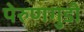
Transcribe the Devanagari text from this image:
पेरुणगुडी